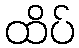
ထိပ်